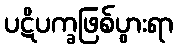
ပဋိပက္ခဖြစ်ပွားရာ